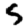
Digit: 5